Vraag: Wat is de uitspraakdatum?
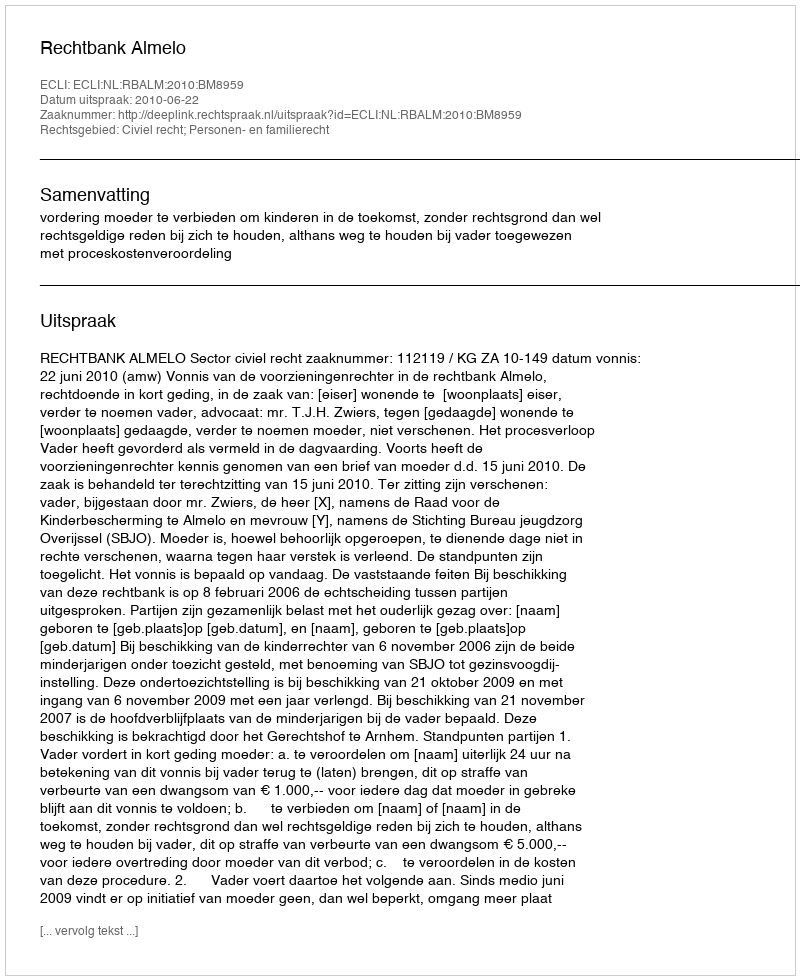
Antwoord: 2010-06-22